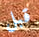
قبل